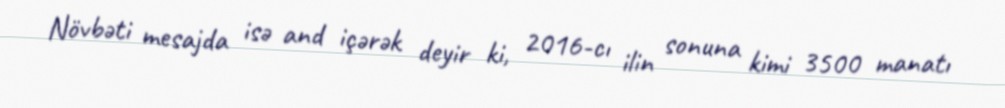
Növbəti mesajda isə and içərək deyir ki, 2016-cı ilin sonuna kimi 3500 manatı